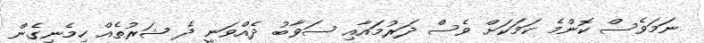
ނަމަވެސް ކޮންމެ ކަމަކަށް ވެސް ދަރުމައާއި ސަވާބު ދެއްވަނީ ދެ ޝަރުތެއް ހިމެނިގެން